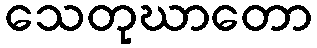
သေတုဃာတော